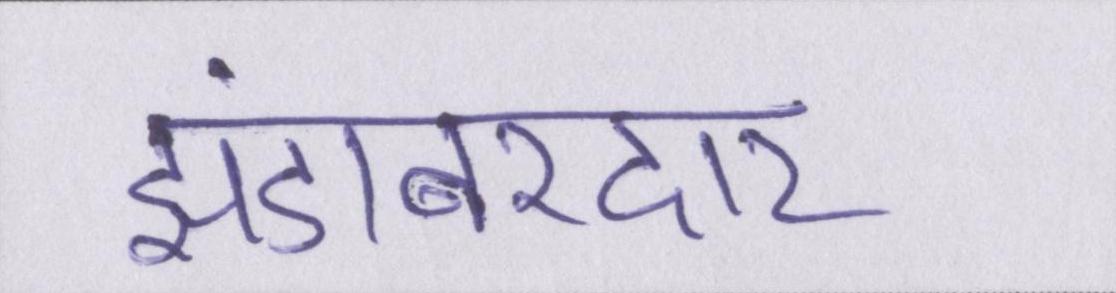
झंडाबरदार